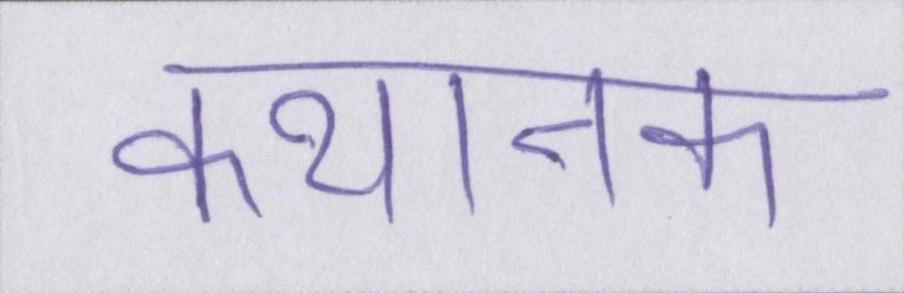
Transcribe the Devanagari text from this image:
कथानक